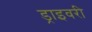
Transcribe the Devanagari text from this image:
ड्राइवरी